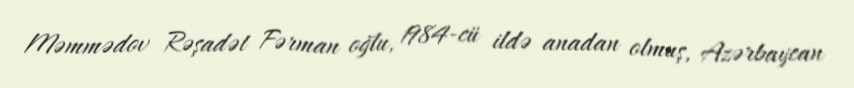
Məmmədov Rəşadət Fərman oğlu, 1984-cü ildə anadan olmuş, Azərbaycan